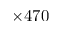
\times 4 7 0